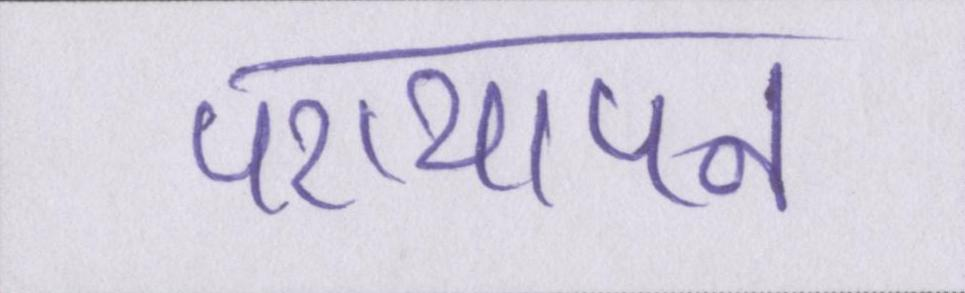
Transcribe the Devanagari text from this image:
परायापन